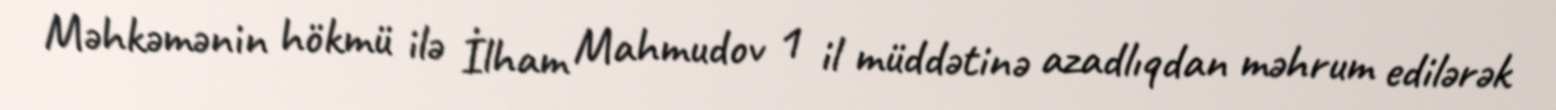
Məhkəmənin hökmü ilə İlham Mahmudov 1 il müddətinə azadlıqdan məhrum edilərək